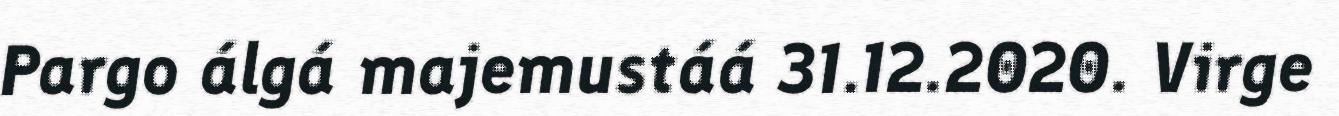
Pargo álgá majemustáá 31.12.2020. Virge